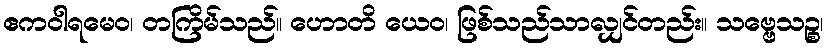
ဧကဝါရမေဝ၊ တကြိမ်သည်။ ဟောတိ ယေဝ၊ ဖြစ်သည်သာလျှင်တည်း။ သဗ္ဗေသဉ္စ၊